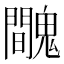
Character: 𩴦